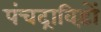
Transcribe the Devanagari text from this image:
पंचद्राविड़ों